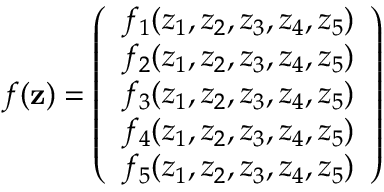
{ f } ( { \bf z } ) = \left( \begin{array} { l } { f _ { 1 } ( z _ { 1 } , z _ { 2 } , z _ { 3 } , z _ { 4 } , z _ { 5 } ) } \\ { f _ { 2 } ( z _ { 1 } , z _ { 2 } , z _ { 3 } , z _ { 4 } , z _ { 5 } ) } \\ { f _ { 3 } ( z _ { 1 } , z _ { 2 } , z _ { 3 } , z _ { 4 } , z _ { 5 } ) } \\ { f _ { 4 } ( z _ { 1 } , z _ { 2 } , z _ { 3 } , z _ { 4 } , z _ { 5 } ) } \\ { f _ { 5 } ( z _ { 1 } , z _ { 2 } , z _ { 3 } , z _ { 4 } , z _ { 5 } ) } \end{array} \right)